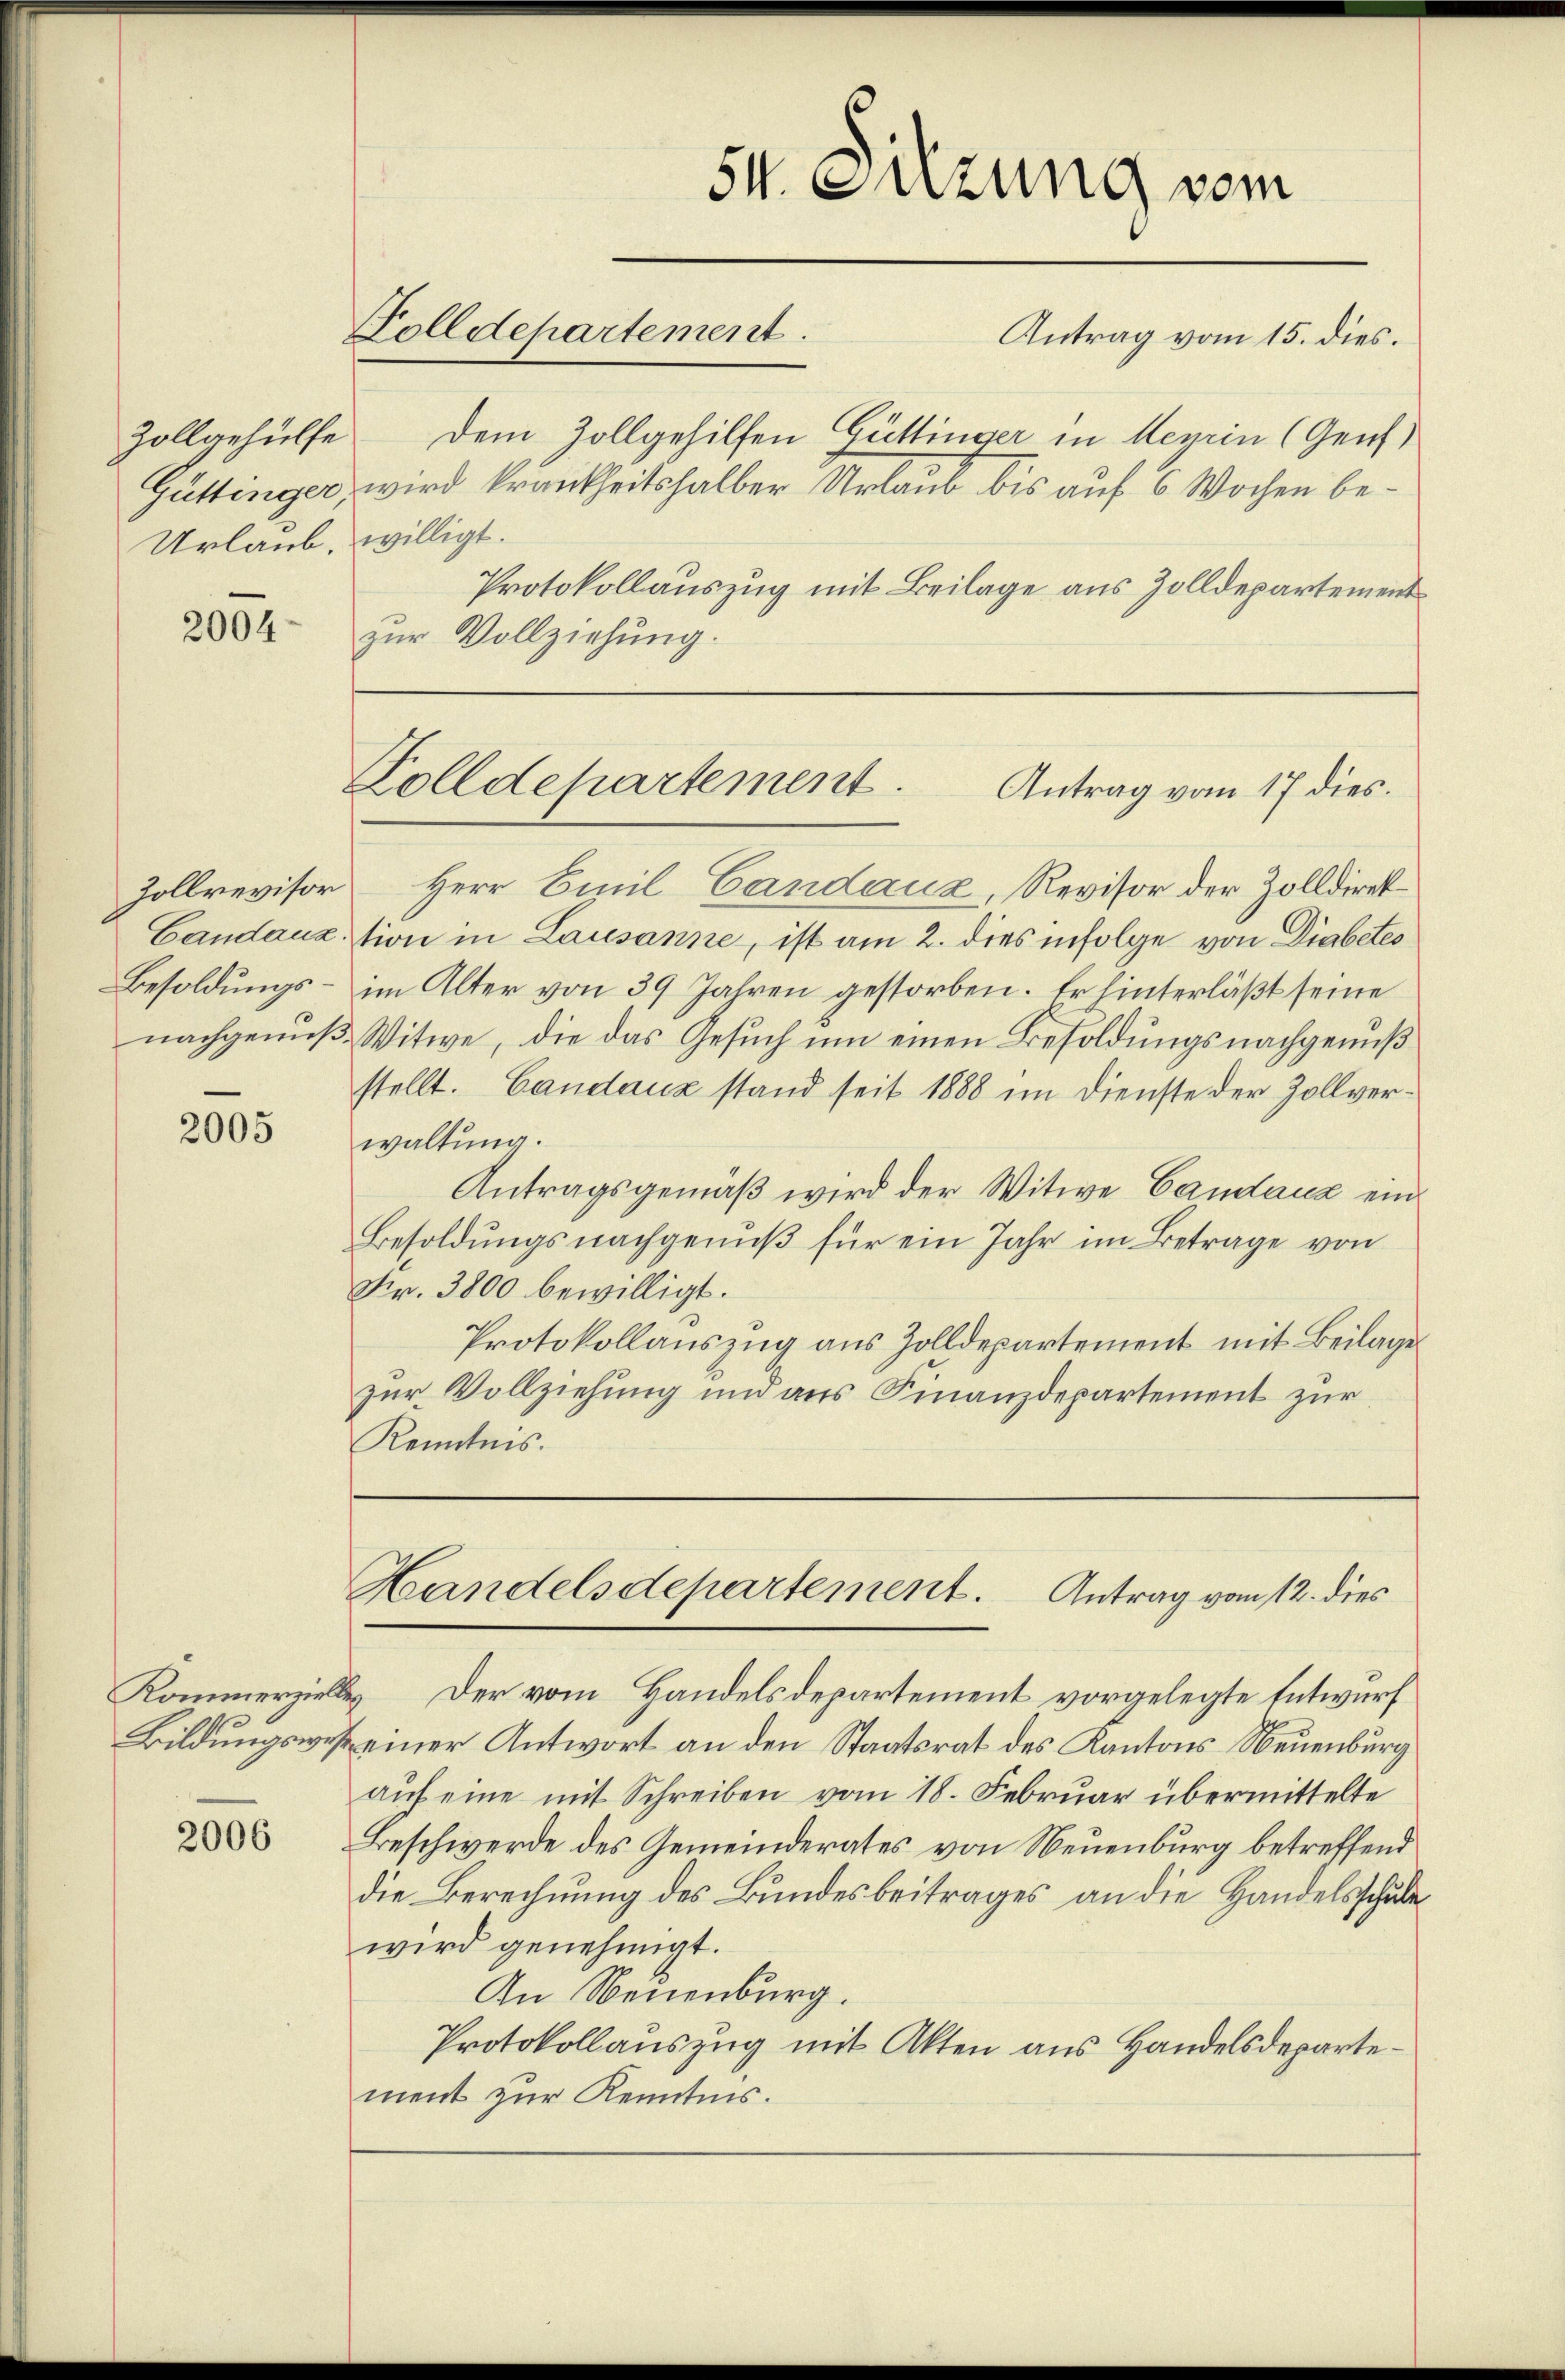
Zollgehülfe
Urlaub.

2004.

Zollrevisor
Candauz.
Besoldungsnachgenuß¬

2005

Kommerzielle
Bildungswisse

2006

54. Sitzung vom
Tolldepartement.
Antrag vom 15. dies.
Dem Zollgehilfen Güttinger in Meyrin (Genf)
Güttinger, wird krankheitshalber Urlaub bis auf 6 Wochen be¬

willigt.
Protokollauszug mit Beilage aus Zolldepartement
zur Vollziehung.

Zolldepartement.
Antrag vom 17 dies.

Herr Emil Candauz, Revisor der Zolldirektion in Lausanne, ist am 2. dies infolge von Diabetes
im Alter von 39 Jahren gestorben. Er hinterläßt seine
Witwe, die das Gesuch um einen Besoldungsnachgenuß
stellt. Candauz stand seit 1888 im Dienste der Zollverwaltung.
Antragsgemäβ wird der Witwe Candauz ein¬
Besoldungsnachgenuß für ein Jahr im Betrage von
Fr. 3800 bewilligt.
Protokollauszug aus Zolldepartement mit Beilage
zur Vollziehung und aus Finanzdepartement zur
Kenntnis.
Handelsdepartement. Antrag vom 12. dies
 Der vom Handelsdepartement vorgelegte Entwurf
einer Antwort an den Staatsrat des Kantons Neuenburg
auf eine mit Schreiben vom 18. Februar übermittelte
Beschwerde des Gemeinderates von Neuenburg betreffend
die Berechnung des Bundesbeitrages an die Handelsschule
wird genehmigt.
An Neuenburg.
Protokollauszug mit Akten aus Handelsdepartement zur Kenntnis.